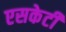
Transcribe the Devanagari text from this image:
एसकेटी